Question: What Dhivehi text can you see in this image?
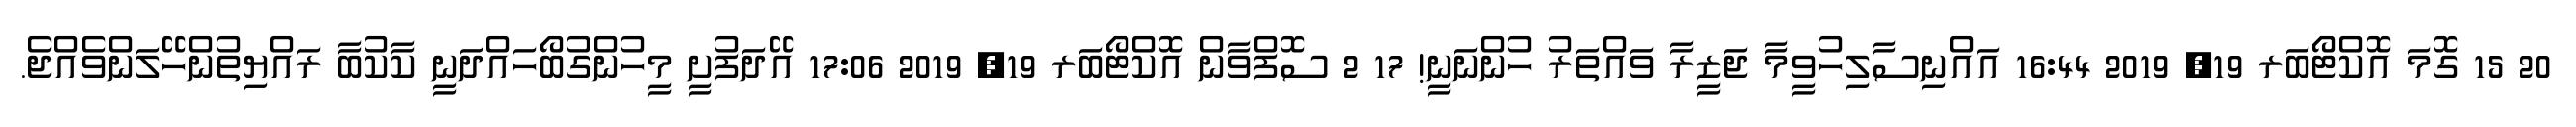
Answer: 20 15 ގޮމަ އޮކްޓޯބަރ 19, 2019 16:44 އައްނިސާލިހުވީމާ ޖަޒީރާ ވައްތަރު ހުންނަނީ! 17 2 ސޮފްވާން އޮކްޓޯބަރ 19, 2019 17:06 އޭދަފުށީ މީހުންގުބޯހައްދަނީ ކާކުބާ ރައްޔިތުންހޭލަންވެއްޖެ.